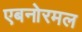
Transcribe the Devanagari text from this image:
एबनोरमल